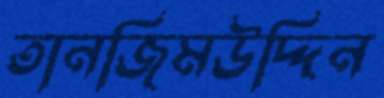
তানজিমউদ্দিন